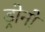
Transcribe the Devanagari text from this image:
ड्रोनों